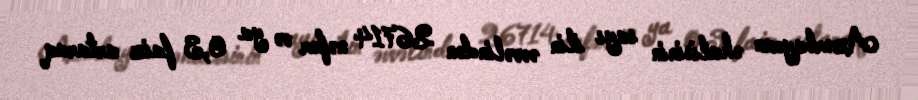
Azərbaycan əhalisinin sayı ilin əvvəlindən 26714 nəfər və ya 0,3 faiz artaraq